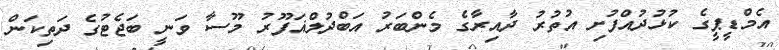
އެމްޑީޕީގެ ކުޅުދުއްފުށި އުތުރު ދާއިރާގެ މެންބަރު އަބްދުލްޣަފޫރު މޫސާ ވަނީ ބަޖެޓުގެ ދަތިކަން